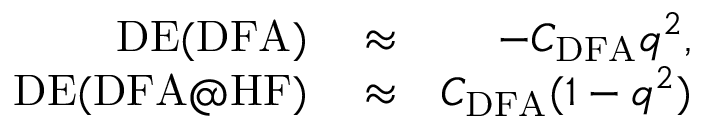
\begin{array} { r l r } { \mathrm { D E ( D F A ) } } & { { } \approx } & { - C _ { \mathrm { D F A } } q ^ { 2 } , } \\ { \mathrm { D E ( D F A @ H F ) } } & { { } \approx } & { C _ { \mathrm { D F A } } ( 1 - q ^ { 2 } ) } \end{array}